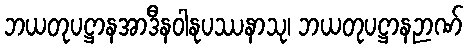
ဘယတုပဋ္ဌာနအာဒီနဝါနုပဿနာသု၊ ဘယတုပဋ္ဌာနဉာဏ်